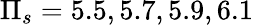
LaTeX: \Pi_{s}=5.5,5.7,5.9,6.1